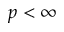
p < \infty